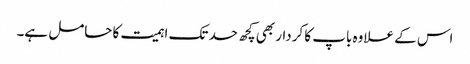
اس کے علاوہ باپ کا کردار بھی کچھ حد تک اہمیت کا حامل ہے۔